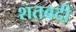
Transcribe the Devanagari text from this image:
शतबदी